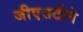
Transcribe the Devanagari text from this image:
जीएसटीने